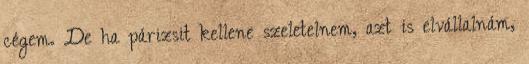
cégem. De ha párizsit kellene szeletelnem, azt is elvállalnám,